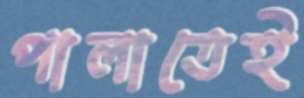
পালাতেই